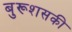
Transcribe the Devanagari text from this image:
बुरूशसकी